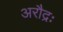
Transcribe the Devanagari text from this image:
अरौद्रः